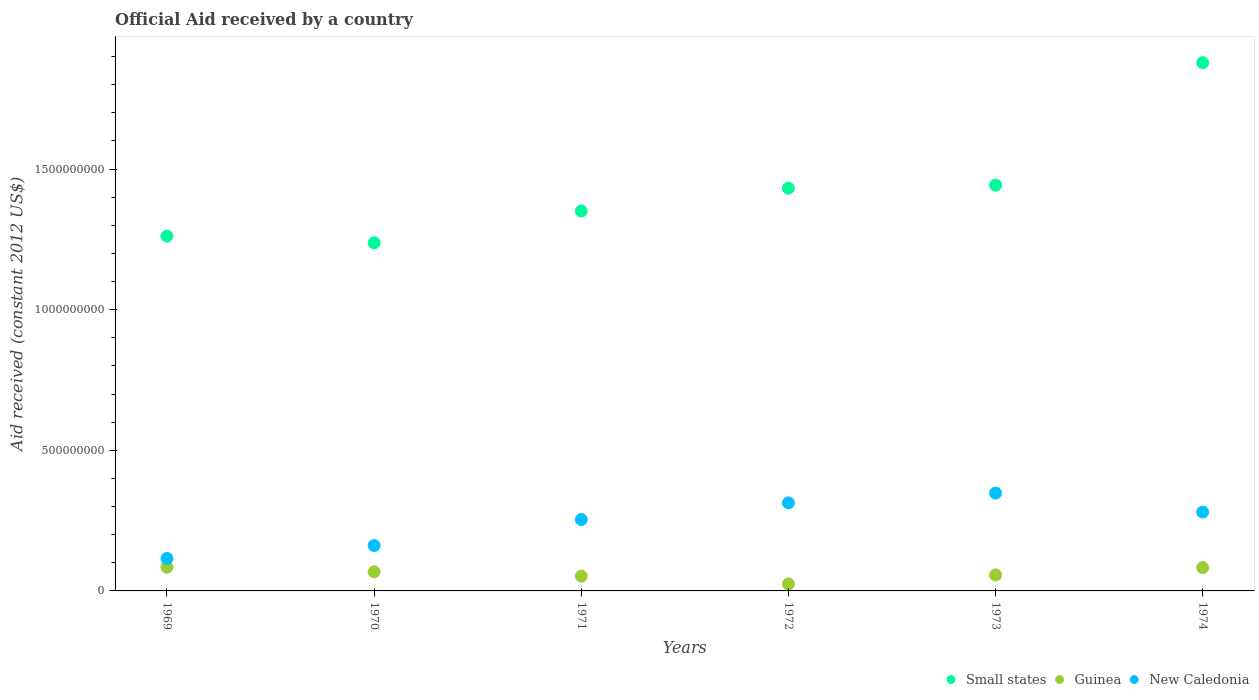
| Years | Small states | Guinea | New Caledonia |
 | --- | --- | --- | --- |
 | 1969 | 1.26e+09 | 8.44e+07 | 1.15e+08 |
 | 1970 | 1.24e+09 | 6.8e+07 | 1.61e+08 |
 | 1971 | 1.35e+09 | 5.26e+07 | 2.54e+08 |
 | 1972 | 1.43e+09 | 2.47e+07 | 3.13e+08 |
 | 1973 | 1.44e+09 | 5.69e+07 | 3.48e+08 |
 | 1974 | 1.88e+09 | 8.3e+07 | 2.8e+08 |